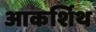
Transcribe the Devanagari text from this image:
आकर्शिथ